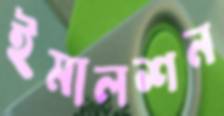
ইমালশন